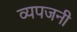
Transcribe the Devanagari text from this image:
व्यपजनी